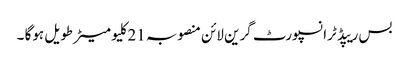
بس ریپڈ ٹرانسپورٹ گرین لائن منصوبہ 21کلیو میٹر طویل ہوگا ۔